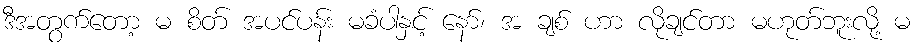
ဒီအတွက်တော့ မ စိတ် အပင်ပန်း မခံပါနှင့် နော်၊ အ ချစ် ဟာ လိုချင်တာ မဟုတ်ဘူးလို့ မ